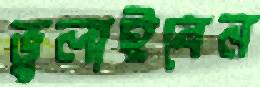
ভুলাইবেন